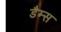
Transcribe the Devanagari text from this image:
डैम्स